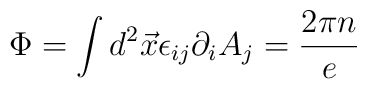
\Phi = \int d^{2}\vec{x} \epsilon_{ij}\partial_{i}A_{j} = \frac{2\pi n}{e}